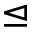
\trianglelefteq